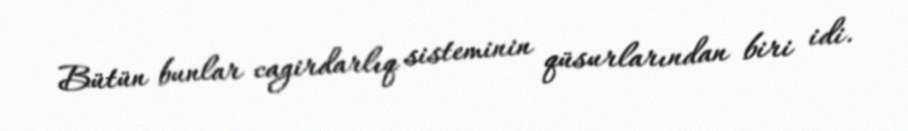
Bütün bunlar cagirdarlıq sisteminin qüsurlarından biri idi.